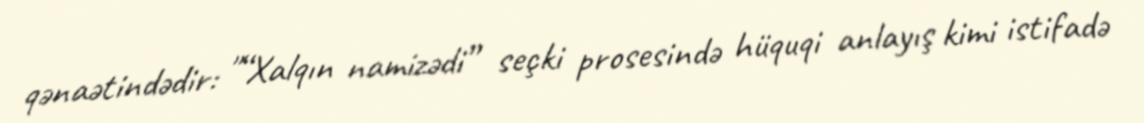
qənaətindədir: "“Xalqın namizədi” seçki prosesində hüquqi anlayış kimi istifadə